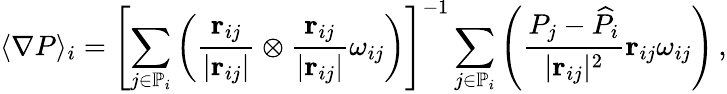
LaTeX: \langle\nabla P\rangle_{i}=\left[\sum_{j\in\mathbb{P}_{i}}\left(\frac{\mathbf{r}_{ij}}{\vert\mathbf{r}_{ij}\vert}\otimes\frac{\mathbf{r}_{ij}}{\vert\mathbf{r}_{ij}\vert}\omega_{ij}\right)\right]^{-1}\sum_{j\in\mathbb{P}_{i}}\left(\frac{P_{j}-\widehat{P}_{i}}{\vert\mathbf{r}_{ij}\vert^{2}}\mathbf{r}_{ij}\omega_{ij}\right)\, ,